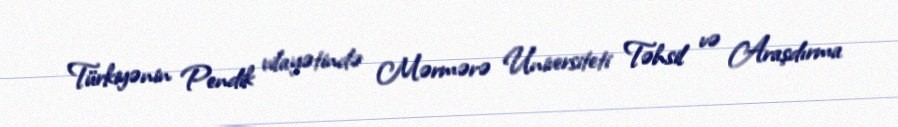
Türkiyənin Pendik vilayətində Mərmərə Universiteti Təhsil və Araşdırma